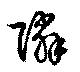
隣